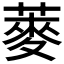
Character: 𫉍